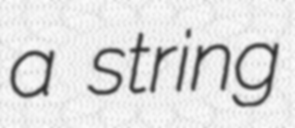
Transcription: a string